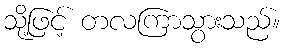
သို့ဖြင့် တလကြာသွားသည်။